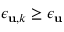
\epsilon _ { { \bf u } , k } \ge \epsilon _ { { \bf u } }